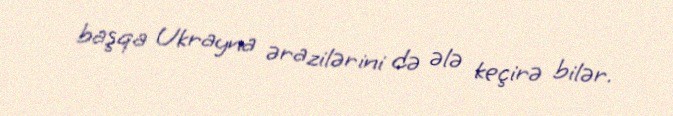
başqa Ukrayna ərazilərini də ələ keçirə bilər.